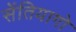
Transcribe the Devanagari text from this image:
सेंतियागो